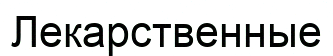
Лекарственные